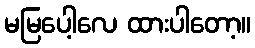
မမြပေါ့လေ ထားပါတော့။